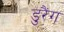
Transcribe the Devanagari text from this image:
डुरैंग